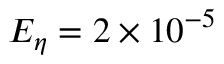
E _ { \eta } = 2 \times 1 0 ^ { - 5 }